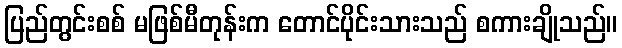
ပြည်တွင်းစစ် မဖြစ်မီတုန်းက တောင်ပိုင်းသားသည် စကားချိုသည်။